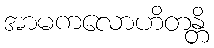
အာမကလောဟိတန္တိ